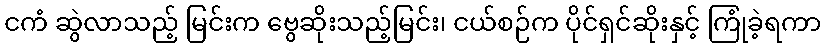
ငကံ ဆွဲလာသည့် မြင်းက ဗွေဆိုးသည့်မြင်း၊ ငယ်စဉ်က ပိုင်ရှင်ဆိုးနှင့် ကြုံခဲ့ရကာ